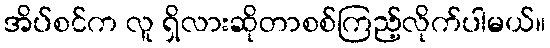
အိပ်စင်က လူ ရှိလားဆိုတာစစ်ကြည့်လိုက်ပါမယ်။